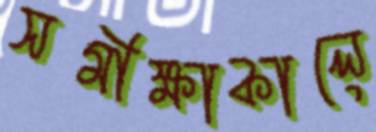
সমীক্ষাকালে